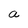
Character: a